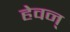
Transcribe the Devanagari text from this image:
हेवन्